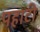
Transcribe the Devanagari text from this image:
पहाटी